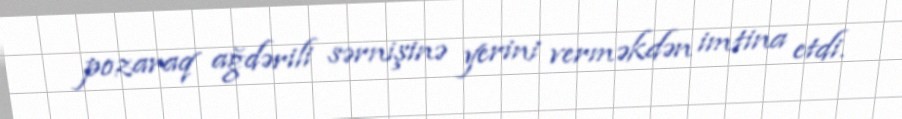
pozaraq ağdərili sərnişinə yerini verməkdən imtina etdi.